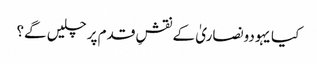
کیا یہودونصاریٰ کے نقشِ قدم پر چلیں گے؟